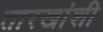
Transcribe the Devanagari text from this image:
तारखांशी